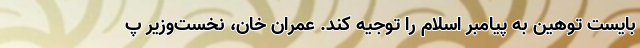
‌بایست توهین به پیامبر اسلام را توجیه کند. عمران خان، نخست‌وزیر پ